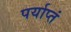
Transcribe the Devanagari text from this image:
पर्याप्तं